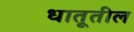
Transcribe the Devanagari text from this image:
धातूतील